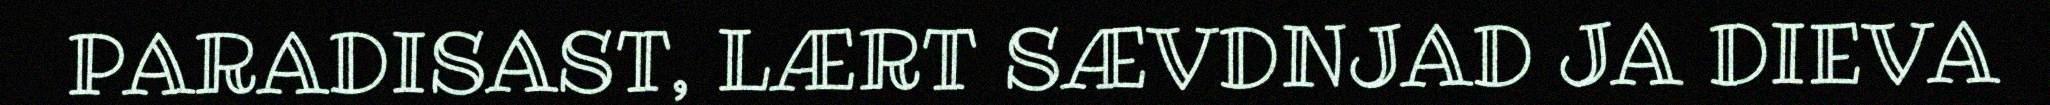
PARADISAST, LÆRT SÆVDNJAD JA DIEVA